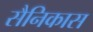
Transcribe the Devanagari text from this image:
सैनिकास